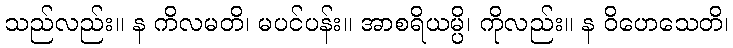
သည်လည်း။ န ကိလမတိ၊ မပင်ပန်း။ အာစရိယမ္ပိ၊ ကိုလည်း။ န ဝိဟေသေတိ၊